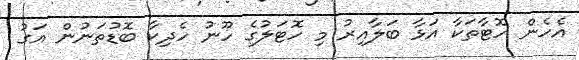
އެހެން ހޮޓާތަކާ އަޅާ ބަލާއިރު މި ހޮޓަލުގެ ހޫނު ހެދިކާ ބޮޑުތަނުން އަގު